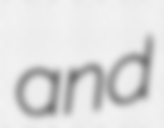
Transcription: and